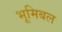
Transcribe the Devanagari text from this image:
भूमिबल